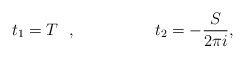
\begin{align*}t_1=T~~, \hspace{2cm} t_2=-\frac{S}{2 \pi i},\end{align*}